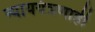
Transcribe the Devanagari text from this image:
न्याययंत्रणाही